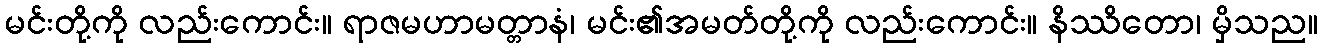
မင်းတို့ကို လည်းကောင်း။ ရာဇမဟာမတ္တာနံ၊ မင်း၏အမတ်တို့ကို လည်းကောင်း။ နိဿိတော၊ မှိသည။